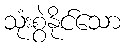
သုံးစွဲနိုင်သော